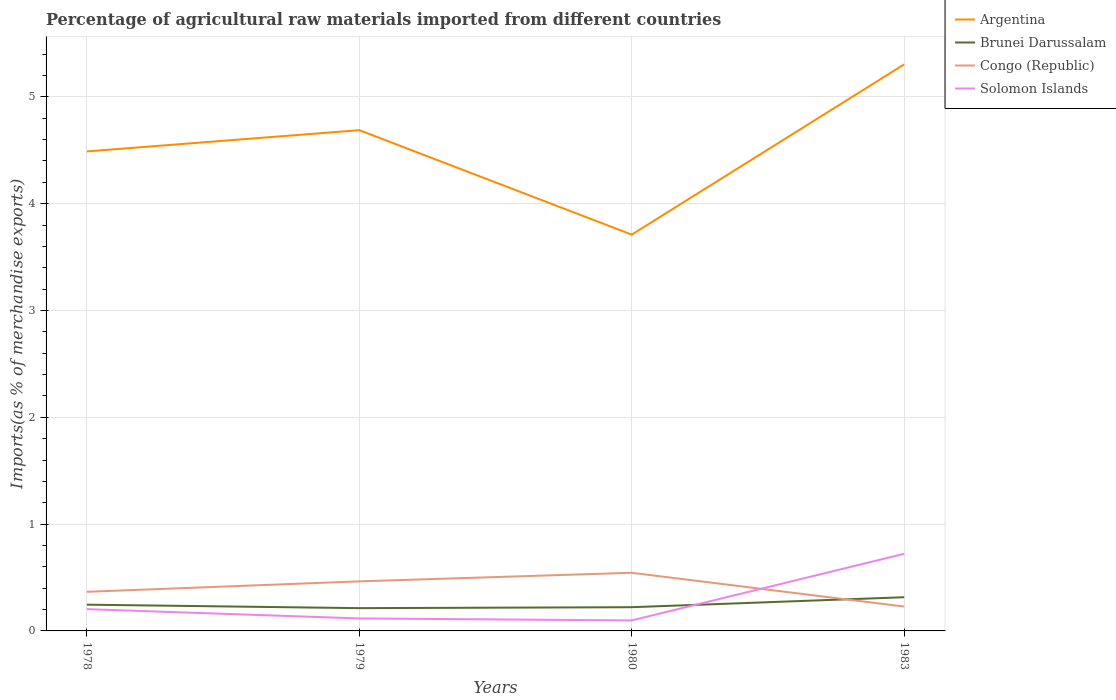
| Years | Argentina | Brunei Darussalam | Congo (Republic) | Solomon Islands |
 | --- | --- | --- | --- | --- |
 | 1978 | 4.49 | 0.246 | 0.366 | 0.204 |
 | 1979 | 4.69 | 0.213 | 0.464 | 0.117 |
 | 1980 | 3.71 | 0.222 | 0.544 | 0.0984 |
 | 1983 | 5.3 | 0.316 | 0.228 | 0.722 |